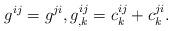
LaTeX: \begin{align*} g^{ij} = g^{ji},g^{ij}_{,k} = c^{ij}_k + c^{ji}_k.\end{align*}